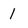
Character: 1